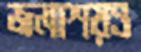
জলাশয়ও